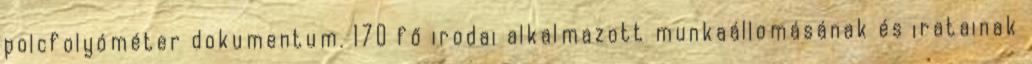
polcfolyóméter dokumentum. 170 fő irodai alkalmazott munkaállomásának és iratainak